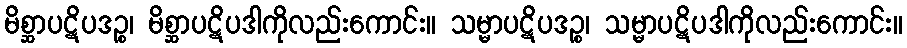
မိစ္ဆာပဋိပဒဉ္စ၊ မိစ္ဆာပဋိပဒါကိုလည်းကောင်း။ သမ္မာပဋိပဒဉ္စ၊ သမ္မာပဋိပဒါကိုလည်းကောင်း။